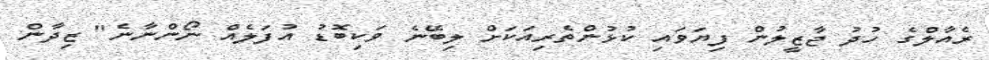
ރެއާލްގެ ހުދު ޖާޒީލުން ފިޔަވައި ކުޅުންތެރިއަކަށް ލިބޭނެ ވަކިބޮޑު އުފަލެއް ނޯންނާނެ" ޒިދާން